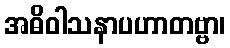
အဓိဝါသနာပဟာတဗ္ဗာ၊